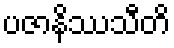
ပဇာနိဿသီတိ